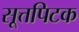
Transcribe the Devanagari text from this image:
सूत्तपिटक